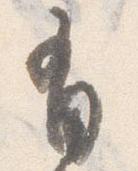
有